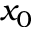
x _ { 0 }